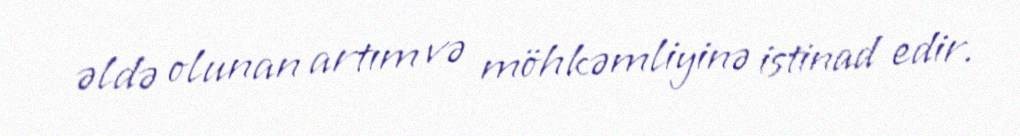
əldə olunan artım və möhkəmliyinə istinad edir.